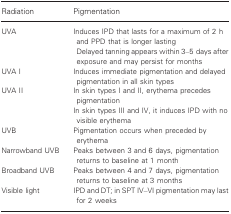
<table><thead><tr><td><b>Radiation</b></td><td><b>Pigmentation</b></td></tr></thead><tbody><tr><td>UVA</td><td>Induces IPD that lasts for a maximum of 2 h and PPD that is longer lastingDelayed tanning appears within 3–5 days after exposure and may persist for months</td></tr><tr><td>UVA I</td><td>Induces immediate pigmentation and delayed pigmentation in all skin types</td></tr><tr><td>UVA II</td><td>In skin types I and II, erythema precedes pigmentationIn skin types III and IV, it induces IPD with no visible erythema</td></tr><tr><td>UVB</td><td>Pigmentation occurs when preceded by erythema</td></tr><tr><td>Narrowband UVB</td><td>Peaks between 3 and 6 days, pigmentation returns to baseline at 1 month</td></tr><tr><td>Broadband UVB</td><td>Peaks between 4 and 7 days, pigmentation returns to baseline at 3 months</td></tr><tr><td>Visible light</td><td>IPD and DT; in SPT IV–VI pigmentation may last for 2 weeks</td></tr></tbody></table>